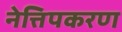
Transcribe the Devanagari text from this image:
नेत्तिपकरण